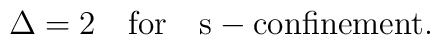
\Delta =2 {\rm ~~~for~~~s-confinement}.